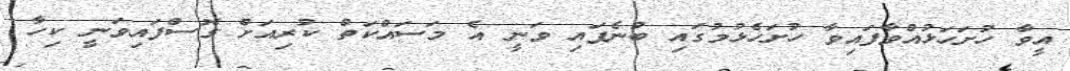
އީވާ ހުށަހަޅުއްވާފައިވާ ހުށަހެޅުމުގައި ބުނެފައި ވަނީ އެ މަސައްކަތް ކުރިއަށް ގޮސްފައިވަނީ ކިހާ